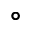
\circ